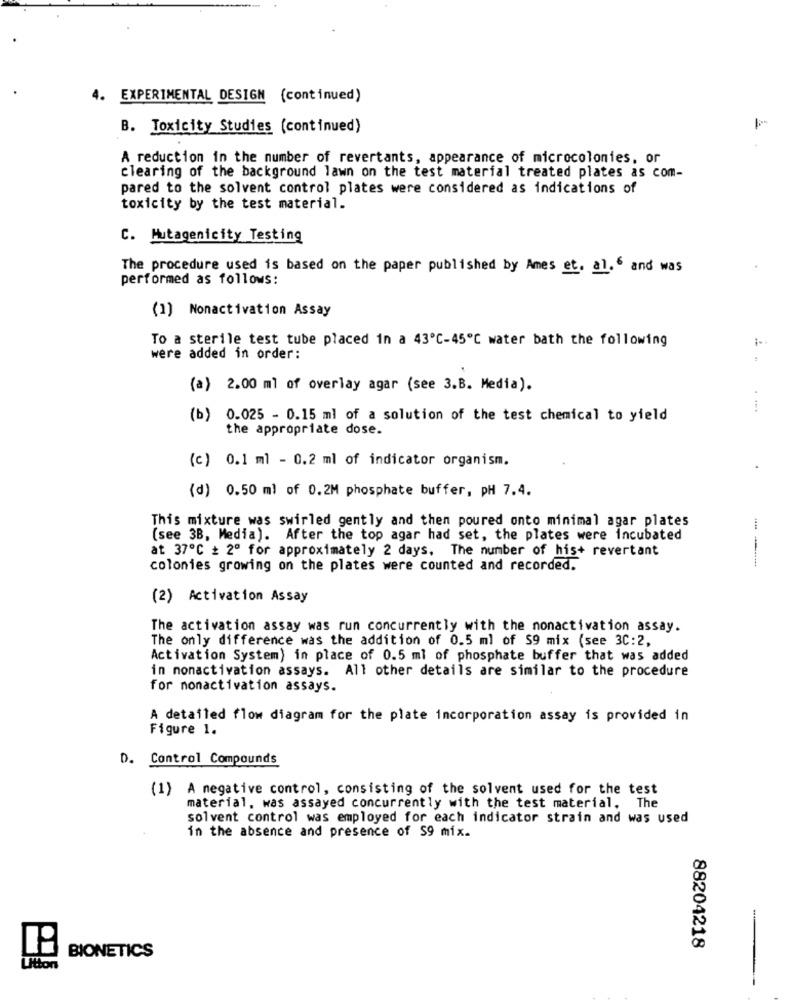
4. EXPERIMENTAL DESIGN (continued)
B. Toxicity Studies (continued)
A reduction in the number of revertants, appearance of microcolonies, or
clearing of the background lawn on the test material treated plates as com-
pared to the solvent control plates were considered as indications of
toxicity by the test material.
C. Mutagenicity Testing
The procedure used is based on the paper published by Ames et. al.6 and was
performed as follows:
(1) Nonactivation Assay
To a sterile test tube placed in a 43º℃-45℃ water bath the following
:-
were added in order:
(a) 2.00 ml of overlay agar (see 3.B. Media).
...
(b) 0.025 - 0.15 ml of a solution of the test chemical to yield
the appropriate dose.
(c) 0.1 ml - 0.2 ml of indicator organism.
(d) 0.50 ml of 0.2M phosphate buffer, pH 7.4.
This mixture was swirled gently and then poured onto minimal agar plates
(see 3B, Media). After the top agar had set, the plates were incubated
at 37ºC + 2º for approximately 2 days. The number of his+ revertant
colonies growing on the plates were counted and recorded.
(2) Activation Assay
The activation assay was run concurrently with the nonactivation assay.
The only difference was the addition of 0.5 ml of 59 mix (see 3C:2,
Activation System) in place of 0.5 ml of phosphate buffer that was added
in nonactivation assays. All other details are similar to the procedure
for nonactivation assays.
A detailed flow diagram for the plate incorporation assay is provided in
Figure 1.
Control Compounds
(1) A negative control, consisting of the solvent used for the test
material, was assayed concurrently with the test material. The
solvent control was employed for each indicator strain and was used
in the absence and presence of S9 mix.
-
88204218
BIONETICS
Utton